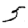
Digit: 5